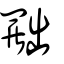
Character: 𦋦